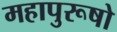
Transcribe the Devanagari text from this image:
महापुरूषो